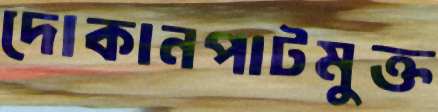
দোকানপাটমুক্ত